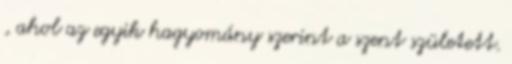
, ahol az egyik hagyomány szerint a szent született.